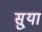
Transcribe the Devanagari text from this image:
सु्या